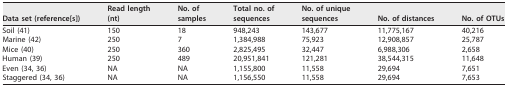
<table><thead><tr><td><b>Data set (reference[s])</b></td><td><b>Read length (nt)</b></td><td><b>No. of samples</b></td><td><b>Total no. of sequences</b></td><td><b>No. of unique sequences</b></td><td><b>No. of distances</b></td><td><b>No. of OTUs</b></td></tr></thead><tbody><tr><td>Soil (41)</td><td>150</td><td>18</td><td>948,243</td><td>143,677</td><td>11,775,167</td><td>40,216</td></tr><tr><td>Marine (42)</td><td>250</td><td>7</td><td>1,384,988</td><td>75,923</td><td>12,908,857</td><td>25,787</td></tr><tr><td>Mice (40)</td><td>250</td><td>360</td><td>2,825,495</td><td>32,447</td><td>6,988,306</td><td>2,658</td></tr><tr><td>Human (39)</td><td>250</td><td>489</td><td>20,951,841</td><td>121,281</td><td>38,544,315</td><td>11,648</td></tr><tr><td>Even (34, 36)</td><td>NA</td><td>NA</td><td>1,155,800</td><td>11,558</td><td>29,694</td><td>7,651</td></tr><tr><td>Staggered (34, 36)</td><td>NA</td><td>NA</td><td>1,156,550</td><td>11,558</td><td>29,694</td><td>7,653</td></tr></tbody></table>